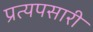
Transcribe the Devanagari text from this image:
प्रत्यपसारी